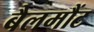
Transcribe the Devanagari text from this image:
बैलमौंट